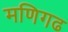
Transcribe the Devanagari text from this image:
मणिगढ